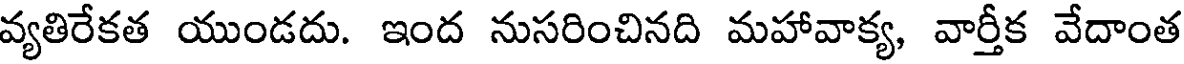
వ్యతిరేకత యుండదు. ఇంద నుసరించినది మహావాక్య, వార్తీక వేదాంత